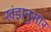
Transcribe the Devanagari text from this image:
खंडानुसार